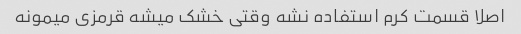
اصلا قسمت کرم استفاده نشه وقتی خشک میشه قرمزی میمونه